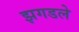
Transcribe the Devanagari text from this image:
झगडले